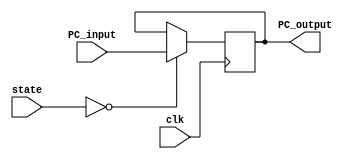
module PC(clk, state, PC_input, PC_output);	 
	input wire clk;
	input wire [31:0] PC_input;
	input [2:0]state;
	output reg [31:0] PC_output;
 
    initial begin 
     PC_output = 0; 
   end 
 
    always @(posedge clk ) begin
      if (state == 3'b000) 
        // output equals input
        PC_output<= PC_input; 
    end
  endmodule